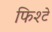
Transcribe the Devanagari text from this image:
फिश्टे